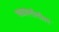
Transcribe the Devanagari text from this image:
चळवलीतील